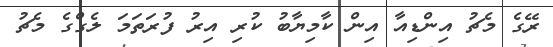
ރޭގެ މެޗު އިންޑިއާ އިން ކާމިޔާބު ކުރި އިރު ފުރަތަމަ ލެގްގެ މެޗު